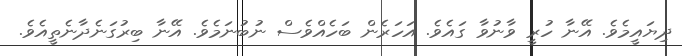
ދިޔައީމެވެ. އޭނާ ހުރީ ވާނުވާ ގައެވެ. އަހަރެން ބަހެއްވެސް ނުބުނަމެވެ. އޭނާ ބިރުގަނެދާނެތީއެވެ.